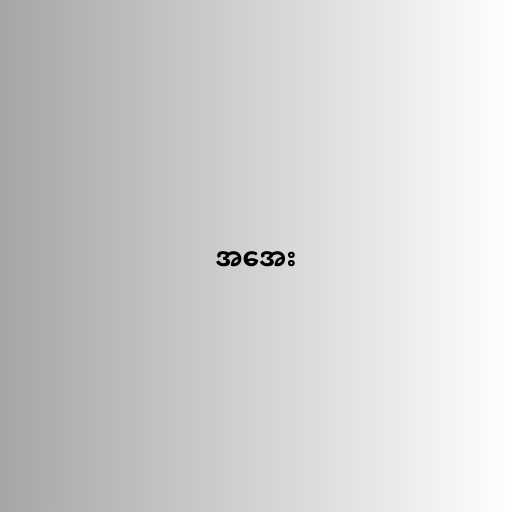
အအေး